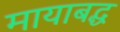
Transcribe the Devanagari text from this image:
मायाबद्ध